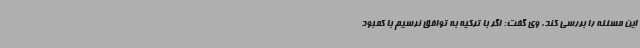
این مسئله را بررسی کند. وی گفت: اگر با ترکیه به توافق نرسیم با کمبود